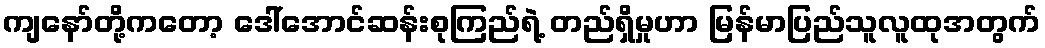
ကျနော်တို့ကတော့ ဒေါ်အောင်ဆန်းစုကြည်ရဲ့ တည်ရှိမှုဟာ မြန်မာပြည်သူလူထုအတွက်